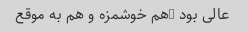
عالی بود …هم خوشمزه و هم به موقع